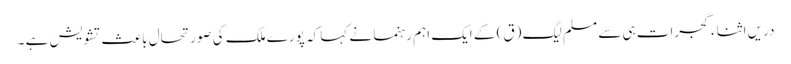
دریں اثناء گجرات ہی سے مسلم لیگ (ق) کے ایک اہم رہنما نے کہا کہ پورے ملک کی صورتحال باعث تشویش ہے ۔